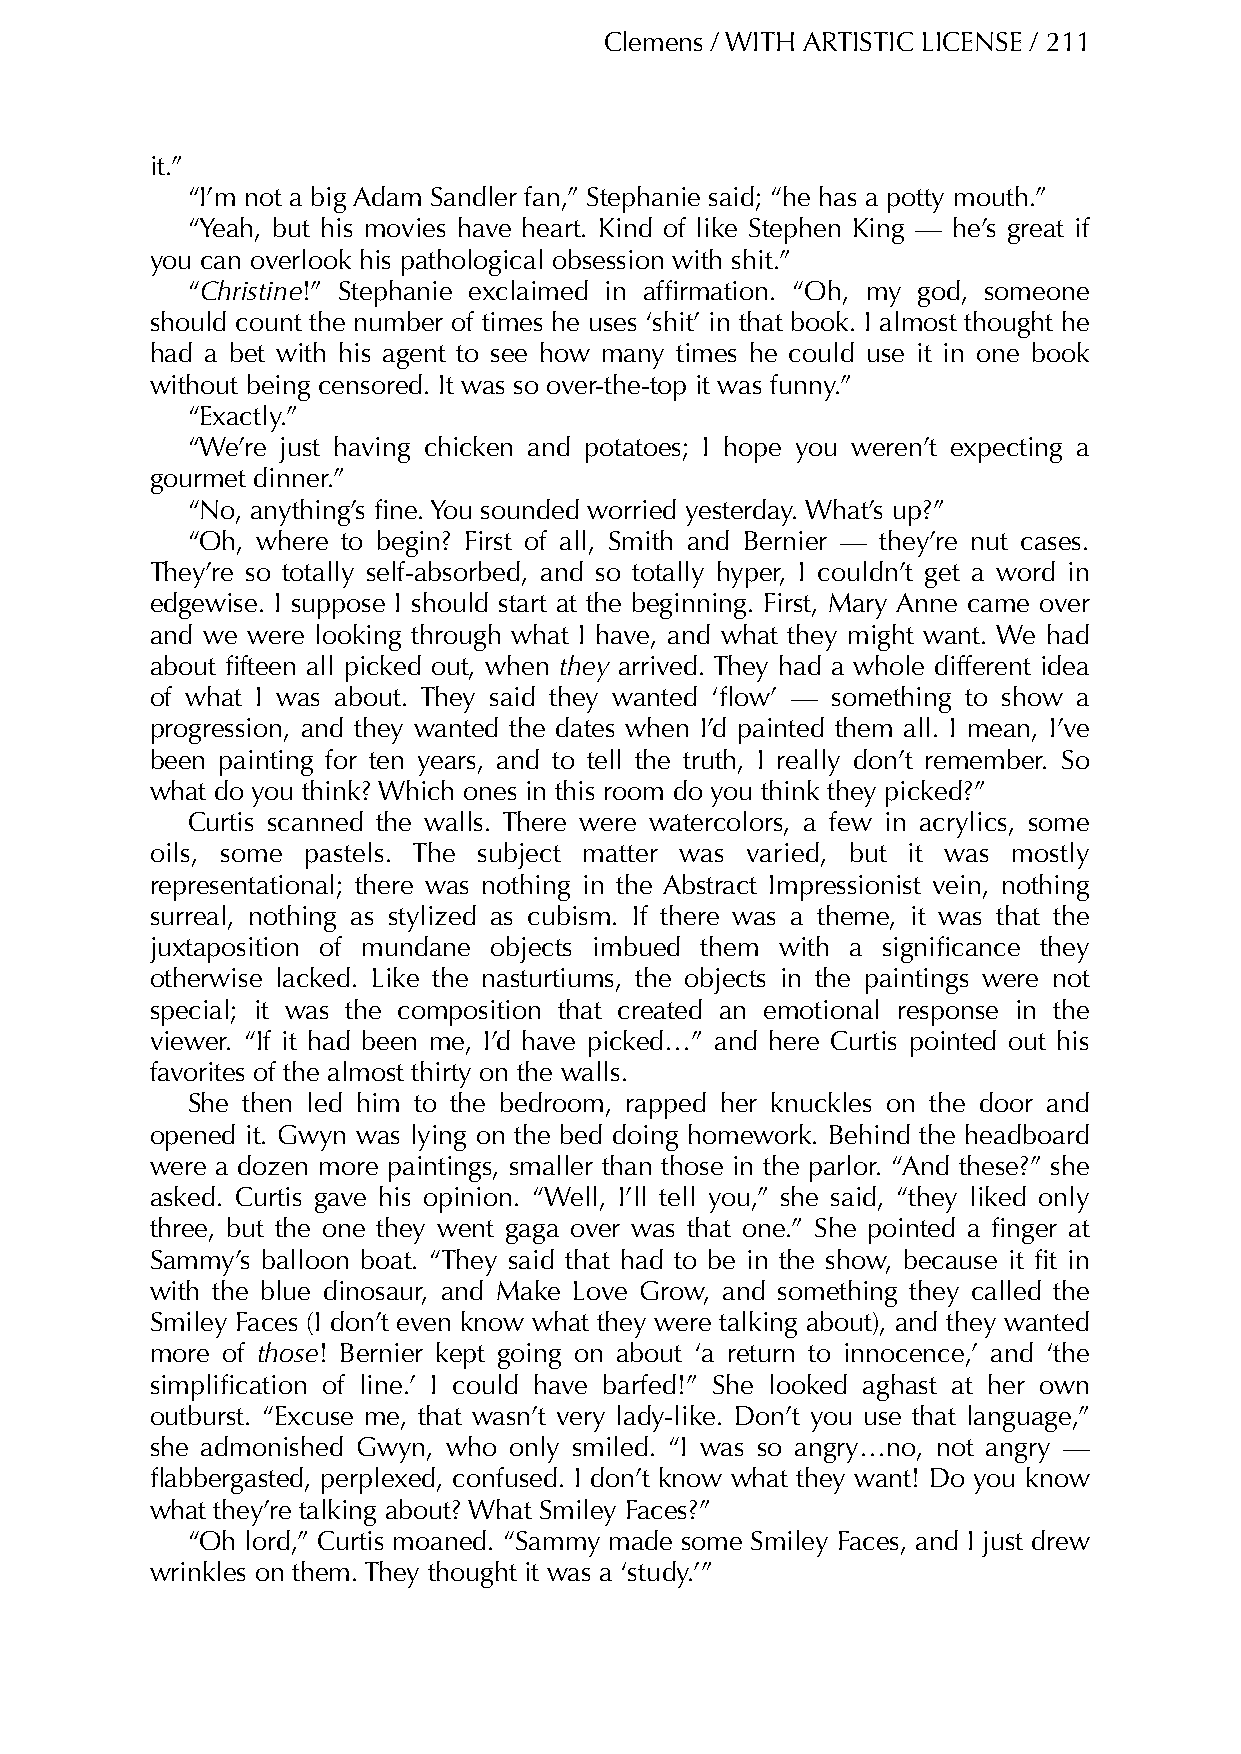
Clemens / WITH ARTISTIC LICENSE / 211
 it.”
 “I’m not a big Adam Sandler fan,” Stephanie said; “he has a potty mouth.”
 “Yeah, but his movies have heart. Kind of like Stephen King — he’s great if
 you can overlook his pathological obsession with shit.”
 “Christine!” Stephanie exclaimed in affirmation. “Oh, my god, someone
 should count the number of times he uses ‘shit’ in that book. I almost thought he
 had a bet with his agent to see how many times he could use it in one book
 without being censored. It was so over-the-top it was funny.”
 “Exactly.”
 “We’re just having chicken and potatoes; I hope you weren’t expecting a
 gourmet dinner.”
 “No, anything’s fine. You sounded worried yesterday. What’s up?”
 “Oh, where to begin? First of all, Smith and Bernier — they’re nut cases.
 They’re so totally self-absorbed, and so totally hyper, I couldn’t get a word in
 edgewise. I suppose I should start at the beginning. First, Mary Anne came over
 and we were looking through what I have, and what they might want. We had
 about fifteen all picked out, when they arrived. They had a whole different idea
 of what I was about. They said they wanted ‘flow’ — something to show a
 progression, and they wanted the dates when I’d painted them all. I mean, I’ve
 been painting for ten years, and to tell the truth, I really don’t remember. So
 what do you think? Which ones in this room do you think they picked?”
 Curtis scanned the walls. There were watercolors, a few in acrylics, some
 oils, some pastels. The subject matter was varied, but it was mostly
 representational; there was nothing in the Abstract Impressionist vein, nothing
 surreal, nothing as stylized as cubism. If there was a theme, it was that the
 juxtaposition of mundane objects imbued them with a significance they
 otherwise lacked. Like the nasturtiums, the objects in the paintings were not
 special; it was the composition that created an emotional response in the
 viewer. “If it had been me, I’d have picked…” and here Curtis pointed out his
 favorites of the almost thirty on the walls.
 She then led him to the bedroom, rapped her knuckles on the door and
 opened it. Gwyn was lying on the bed doing homework. Behind the headboard
 were a dozen more paintings, smaller than those in the parlor. “And these?” she
 asked. Curtis gave his opinion. “Well, I’ll tell you,” she said, “they liked only
 three, but the one they went gaga over was that one.” She pointed a finger at
 Sammy’s balloon boat. “They said that had to be in the show, because it fit in
 with the blue dinosaur, and Make Love Grow, and something they called the
 Smiley Faces (I don’t even know what they were talking about), and they wanted
 more of those! Bernier kept going on about ‘a return to innocence,’ and ‘the
 simplification of line.’ I could have barfed!” She looked aghast at her own
 outburst. “Excuse me, that wasn’t very lady-like. Don’t you use that language,”
 she admonished Gwyn, who only smiled. “I was so angry…no, not angry —
 flabbergasted, perplexed, confused. I don’t know what they want! Do you know
 what they’re talking about? What Smiley Faces?”
 “Oh lord,” Curtis moaned. “Sammy made some Smiley Faces, and I just drew
 wrinkles on them. They thought it was a ‘study.’”